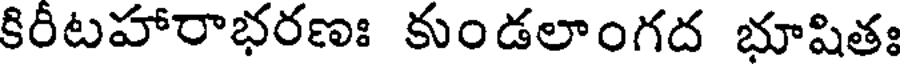
కిరీటహారాభరణః కుండలాంగద భూషితః